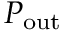
P _ { \mathrm { o u t } }